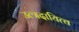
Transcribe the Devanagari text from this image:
उत्त्रदायित्व